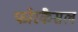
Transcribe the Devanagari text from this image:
फोरकैसल